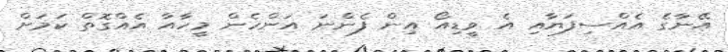
އޭނާގެ އެއްސިފަޔާއި އެ ވީޑިއޯ އިން ފެންނަ އަންހެން މީހާއާ އެއްގޮތް ކަމަށް